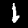
Label: 1